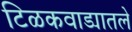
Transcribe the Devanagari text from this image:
टिळकवाड्यातले